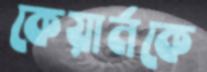
কেয়ার্নকে